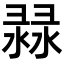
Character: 𢑨